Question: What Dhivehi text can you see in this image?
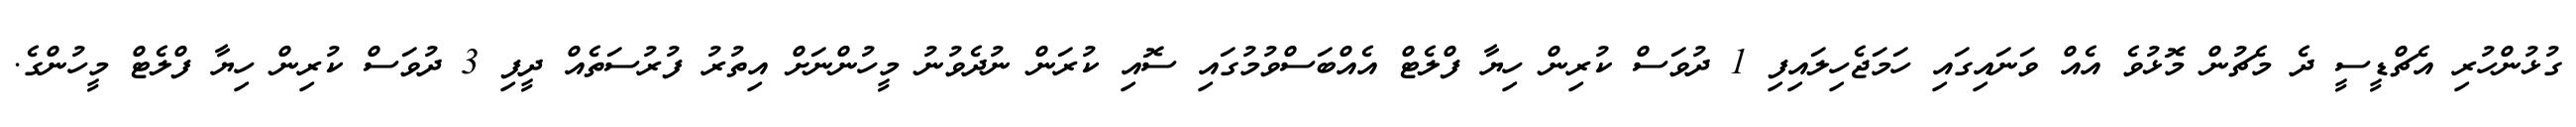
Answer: ގުޅުންހުރި އެޗްޑީސީ ދެ މެޗުން މޮޅުވެ އެއް ވަނައިގައި ހަމަޖެހިލައިފި 1 ދުވަސް ކުރިން ހިޔާ ފްލެޓް އެއްބަސްވުމުގައި ސޮއި ކުރަން ނުދެވުނު މީހުންނަށް އިތުރު ފުރުސަތެއް ދީފި 3 ދުވަސް ކުރިން ހިޔާ ފްލެޓް މީހުންގެ.